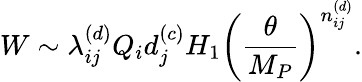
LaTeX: W\sim\lambda_{ij}^{(d)}Q_{i}d_{j}^{(c)}H_{1}\left(\frac{\theta}{M_{P}}\right)^{n_{ij}^{(d)}}.